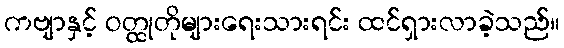
ကဗျာနှင့် ဝတ္ထုတိုများရေးသားရင်း ထင်ရှားလာခဲ့သည်။